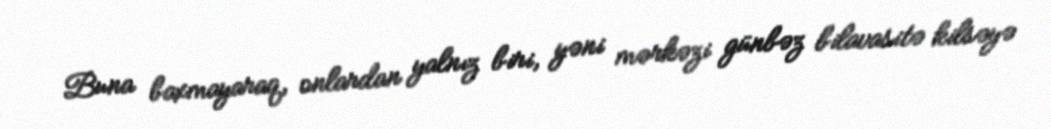
Buna baxmayaraq, onlardan yalnız biri, yəni mərkəzi günbəz bilavasitə kilsəyə